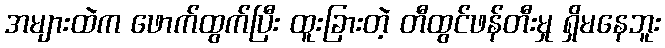
အများထဲက ဖောက်ထွက်ပြီး ထူးခြားတဲ့ တီထွင်ဖန်တီးမှု ရှိမနေဘူး